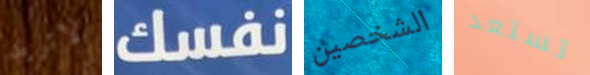
لاتريد نفسك الشخصين تستعد